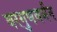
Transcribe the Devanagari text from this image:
वरगुणवर्मन